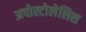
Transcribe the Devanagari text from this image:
अपोस्टोलेलिस